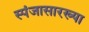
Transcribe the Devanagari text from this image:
स्पंजासारख्या